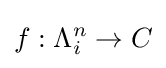
f:\Lambda _{i}^{n}\to C